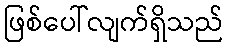
ဖြစ်ပေါ်လျက်ရှိသည်